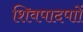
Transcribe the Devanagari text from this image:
शिवपादपाों